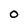
Character: O